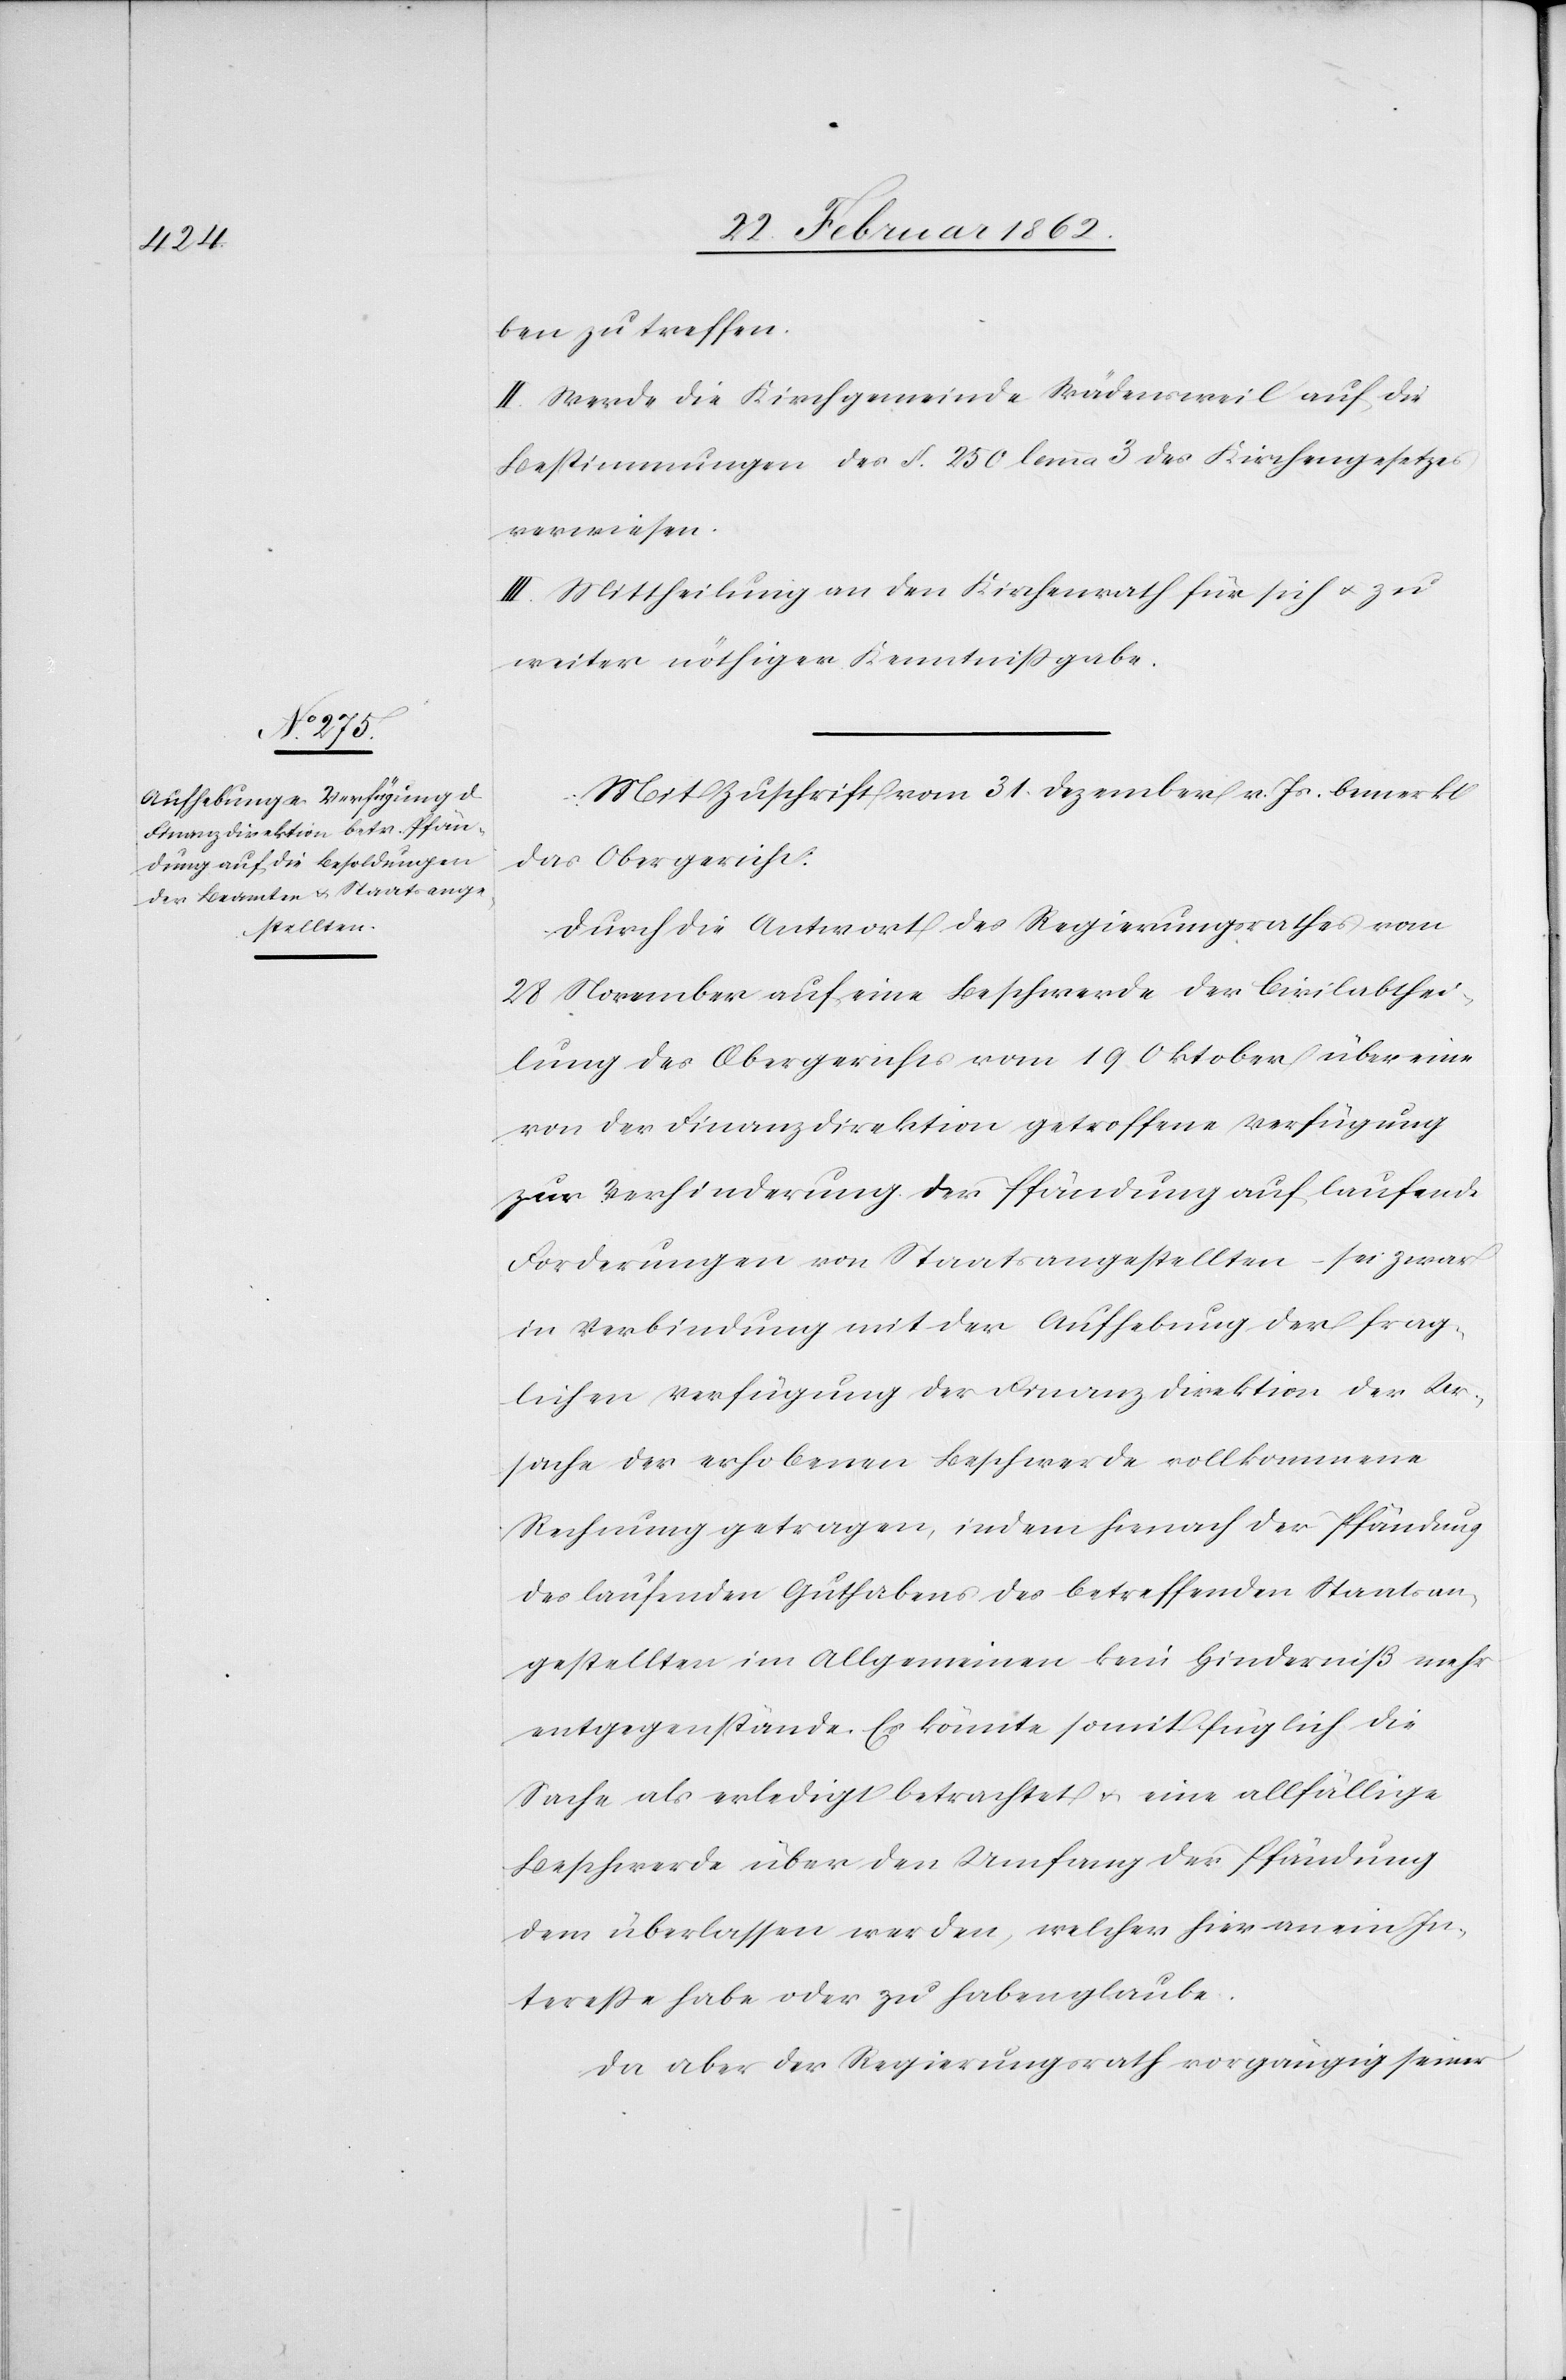
ben zu treffen.
II. Werde die Kirchgemeinde Wädensweil auf die
Bestimmungen des §. 250 lemma 3 des Kirchengesetzes
verwiesen.
III. Mittheilung an den Kirchenrath für sich u. zu
weiter nöthiger Kenntnißgabe.
Mit Zuschrift vom 31. Dezember v. Js. bemerkt
das Obergericht:
Durch die Antwort des Regierungsrathes vom
28 November auf eine Beschwerde der Civilabthei¬
lung des Obergerichtes vom 19 Oktober über eine
von der Finanzdirektion getroffene Verfügung
zur Verhinderung der Pfändung auf laufende
Forderungen von Staatsangestellten – sei zwar
in Verbindung mit der Aufhebung der frag¬
lichen Verfügung der Finanzdirektion der Ur¬
sache der erhobenen Beschwerde vollkommene
Rechnung getragen, indem hienach der Pfändung
des laufenden Guthabens des betreffenden Staatsan¬
gestellten im Allgemeinen kein Hinderniß mehr
entgegenstände. Es könnte somit füglich die
Sache als erledigt betrachtet u. eine allfällige
Beschwerde über den Umfang der Pfändung
dem überlassen werden, welcher hier an ein In¬
tereße habe oder zu haben glaube.
Da aber der Regierungsrath vorgängig seiner